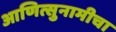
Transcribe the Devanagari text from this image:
आणित्सुनामीचा